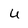
Character: u